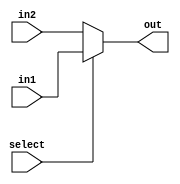
module mux2_1(select,in1,in2,out);
	input in1,in2,select;
	output out;
	assign out = (select) ? in1 : in2;
endmodule